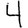
Digit: 4